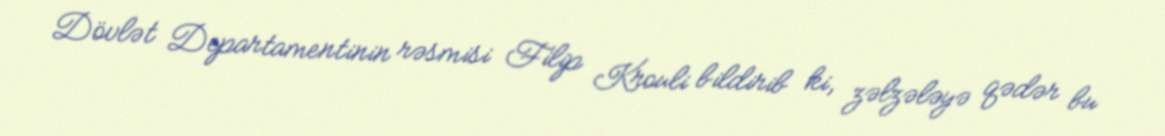
Dövlət Departamentinin rəsmisi Filip Krouli bildirib ki, zəlzələyə qədər bu